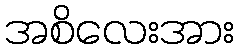
အစိလေးအား